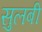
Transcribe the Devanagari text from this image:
सुलबी